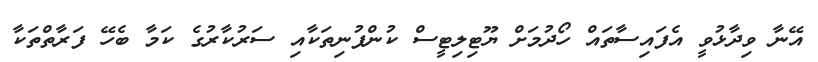
އޭނާ ވިދާޅުވީ އެފައިސާތައް ހޯދުމަށް ޔޫޓިލިޓީސް ކުންފުނިތަކާއި ސަރުކާރުގެ ކަމާ ބެހޭ ފަރާތްތަކާ